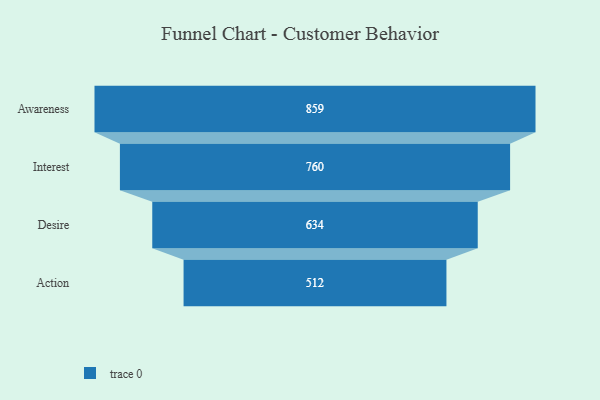
{"axis": {"x": "Stage", "y": "Value"}, "legend": [""], "data": [{"x": "Awareness", "y": 859.0, "type": ""}, {"x": "Interest", "y": 760.0, "type": ""}, {"x": "Desire", "y": 634.0, "type": ""}, {"x": "Action", "y": 512.0, "type": ""}]}